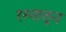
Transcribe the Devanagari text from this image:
रत्‍नातून